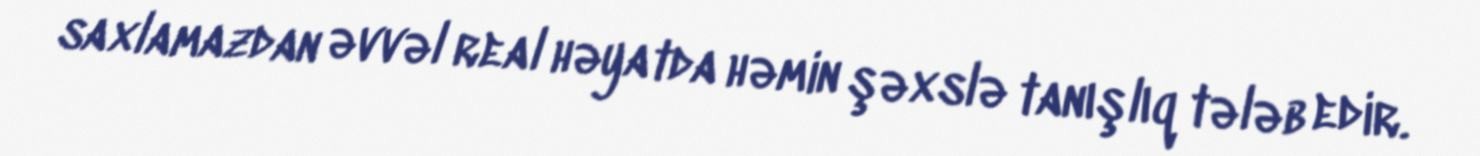
saxlamazdan əvvəl real həyatda həmin şəxslə tanışlıq tələb edir.